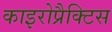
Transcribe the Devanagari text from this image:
काइरोप्रैक्टिस